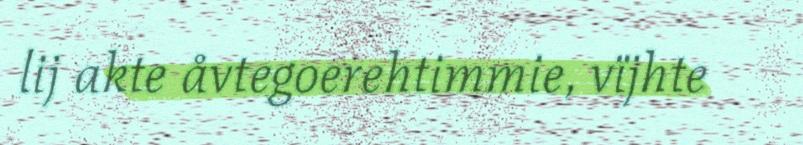
lij akte åvtegoerehtimmie, vïjhte